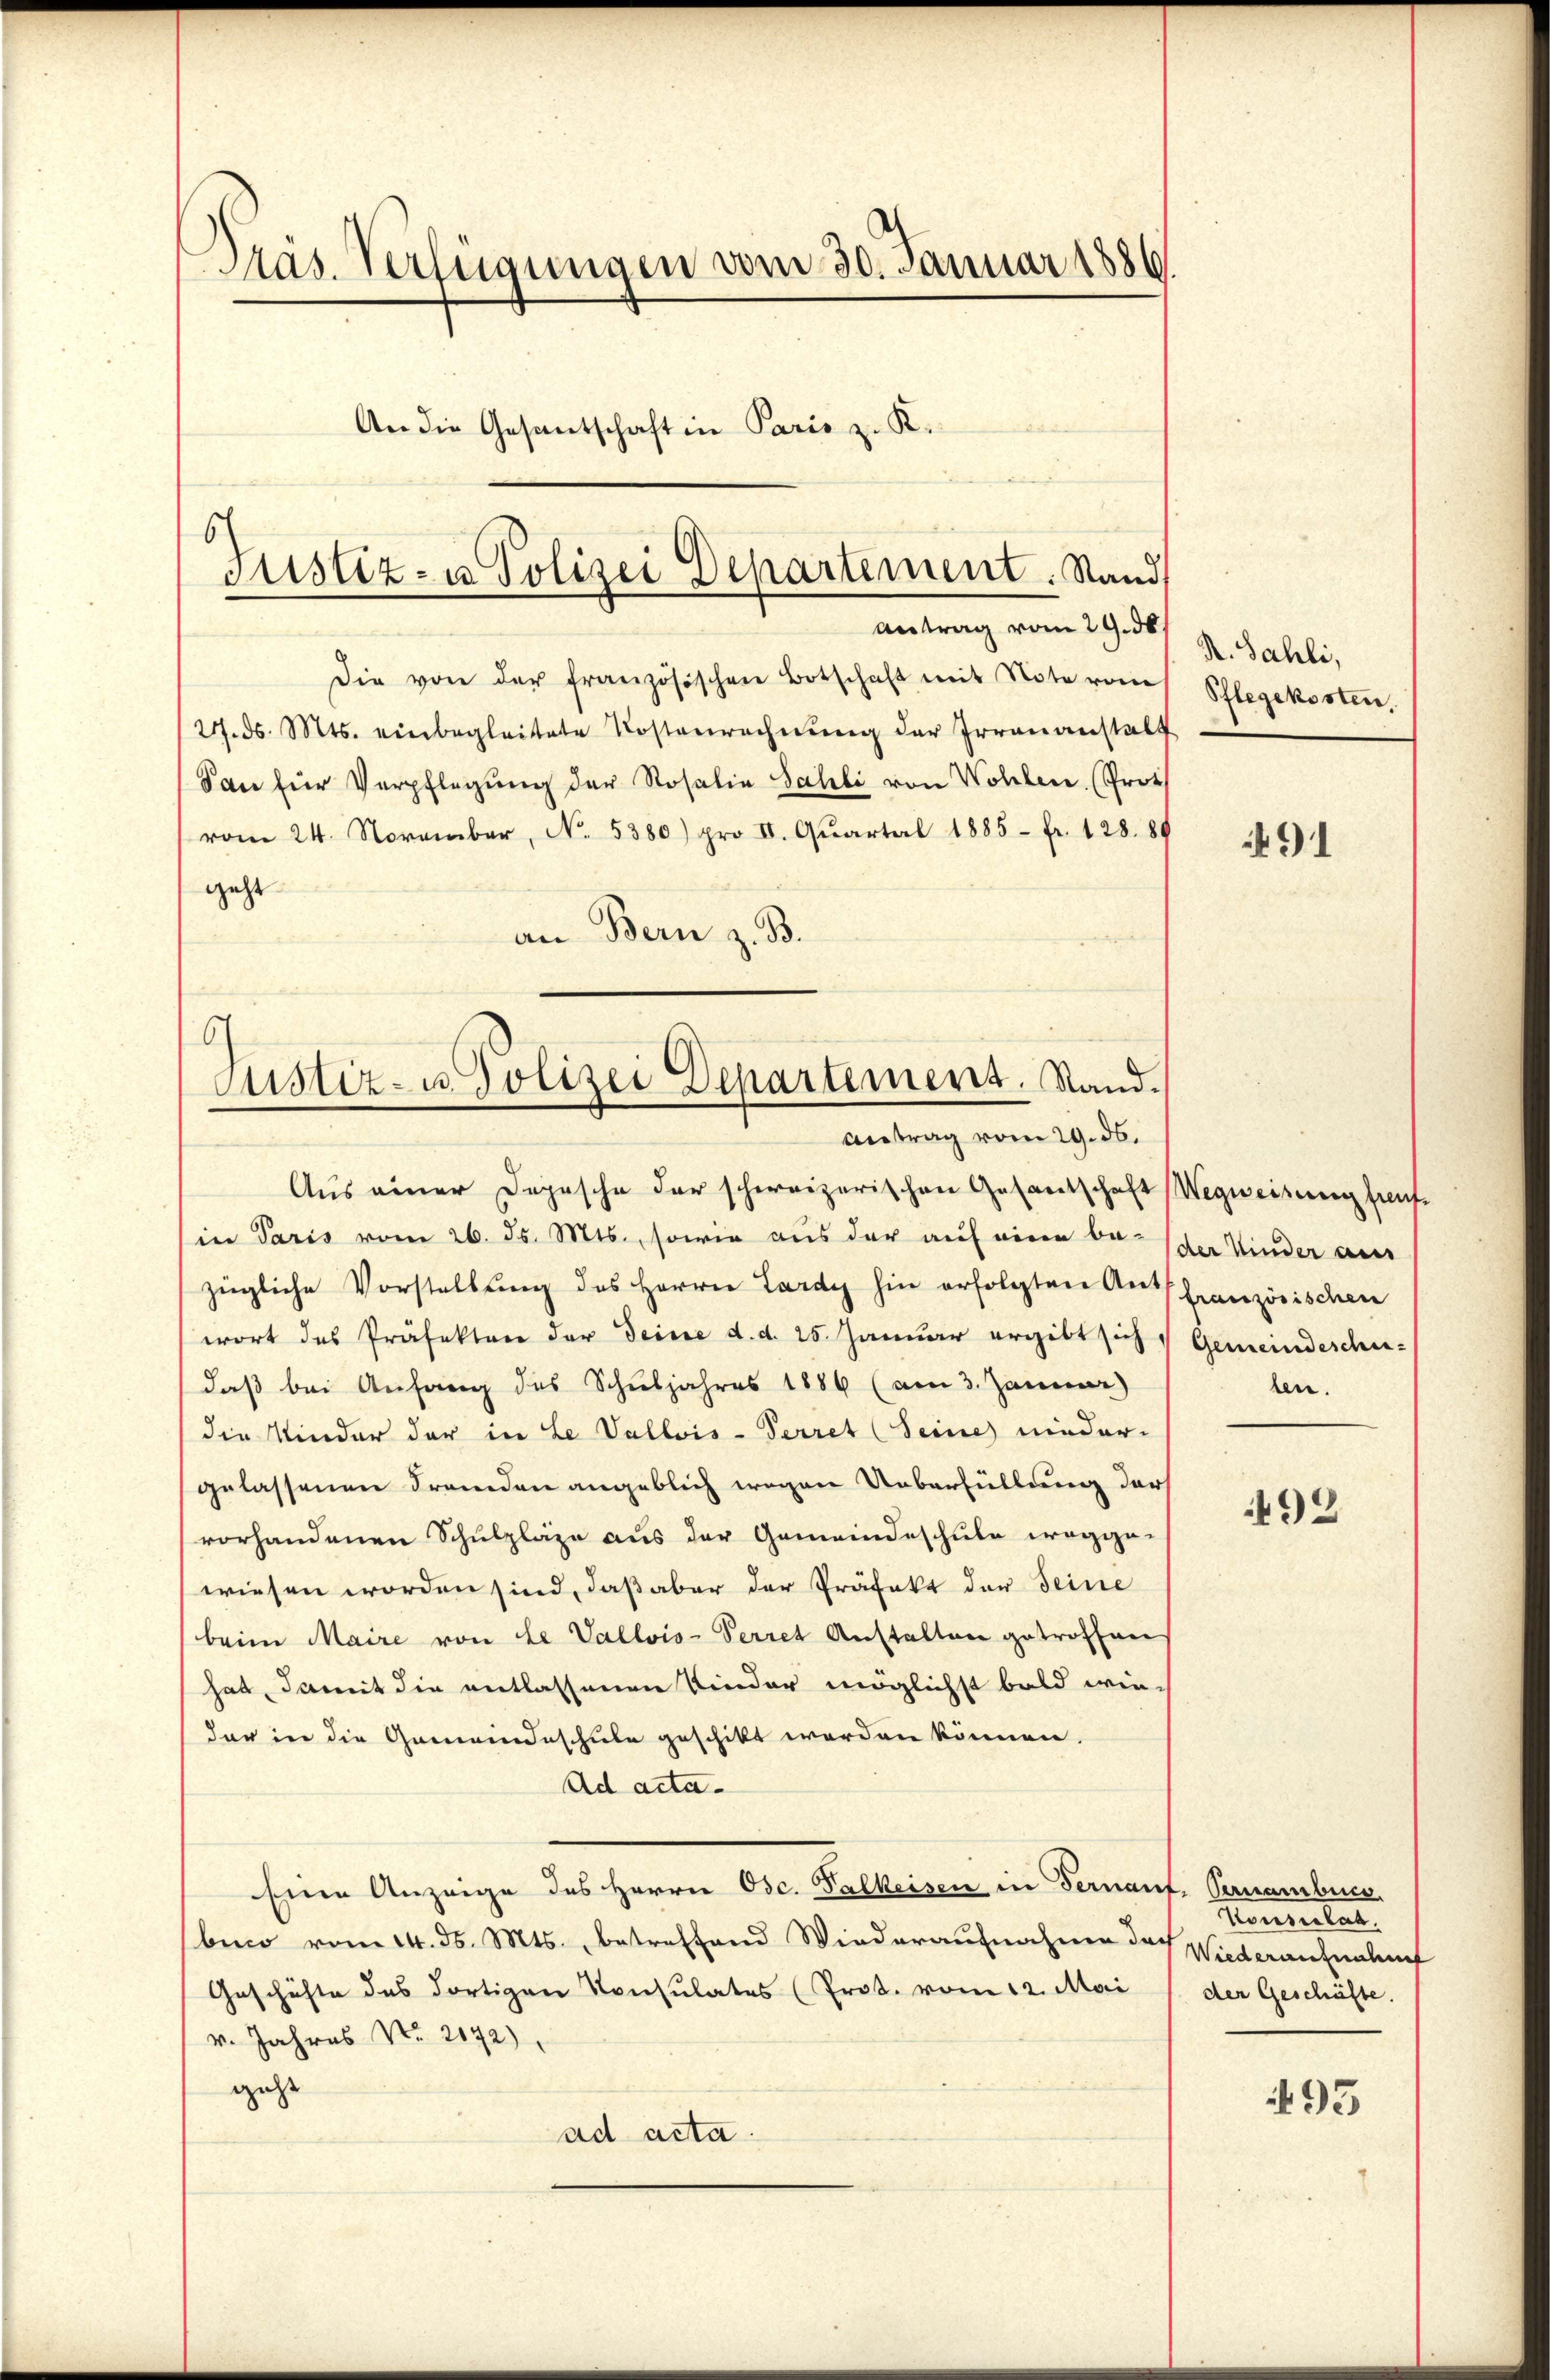
Präs. Verfügungen vom 30. Januar 1886.
An die Gesantschaft in Paris z. K.

Die von der französischen Botschaft mit Note vom
27. ds. Mts. einbegleitete Kostenrechnŭng der Irrenanstalt
San für Verpflegŭng der Rosalia Sahli von Wohlen. Prot
vom 24. November, No. 5380) pro II. Qŭartal 1885 - fr. 128. 89
geht
an Bern z. B.
6

s
Justiz- u Polizei Departement. Stand
Antrag vom 29. d.

Justiz- u. Polizei Departement. Stand.
Antrag vom 29. ds.

Aus einer Depesche der schweizerischen Gesandschaft Wegweisung freut.
in Paris vom 26. ds. Mts., sowie aus der auf einen be- (der Kinder au
zügliche Vorstellung des Herren Lardy hin erfolgten Auffranzösischen
wort des Präfektor der Seine d. d. 25. Januar ergibt sich Gemeindesche-
daß bei Anfang des Schuljahres 1886 (am 3. Januar)
die Kinder der in Le Vallois-Perret (Seine nieder-
gelassenen Fremden angeblich wegen Ueberfüllung der
vorhandenen Schulzläge aus der Gemeindeschule weggewiesen worden sind, daß aber der Präfekt der Seine
beim Maire von Le Vallvis-Perret Anstalten getroffen
hat, damit die entlassenen Kinder möglichst bald wie-
dar in die Gemeindeschule geschikt werden können.
Ad acta
Eine Anzeige des Herrn Osc. Falkeisen in Fernauf. Vernambuch,
bico vom 14. ds. Mts., betreffend Wiederaufnahme des Wiederantenden
Geschäfte des dortigen Konsulates (Prot. vom 12. Mai
v. Jahres No 2172),
geht
ad acta.

K. Sahli,
Pflegekosten.

91

ben.

492

Konsulat.
der Geschäfte.

493